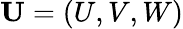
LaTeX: \textbf{U}=(U,V,W)